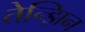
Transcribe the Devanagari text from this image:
तेन्झिन